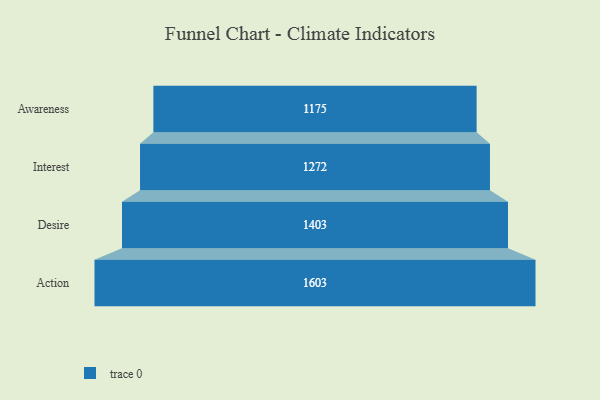
{"axis": {"x": "Stage", "y": "Value"}, "legend": [""], "data": [{"x": "Awareness", "y": 1175.0, "type": ""}, {"x": "Interest", "y": 1272.0, "type": ""}, {"x": "Desire", "y": 1403.0, "type": ""}, {"x": "Action", "y": 1603.0, "type": ""}]}